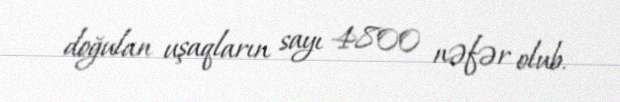
doğulan uşaqların sayı 4800 nəfər olub.